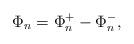
LaTeX: \begin{align*}\Phi_n=\Phi^+_n-\Phi^-_n,\end{align*}